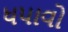
ધપાવો